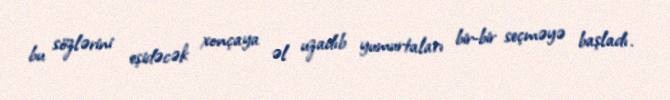
bu sözlərini eşidəcək xonçaya əl uzadıb yumurtaları bir-bir seçməyə başladı.